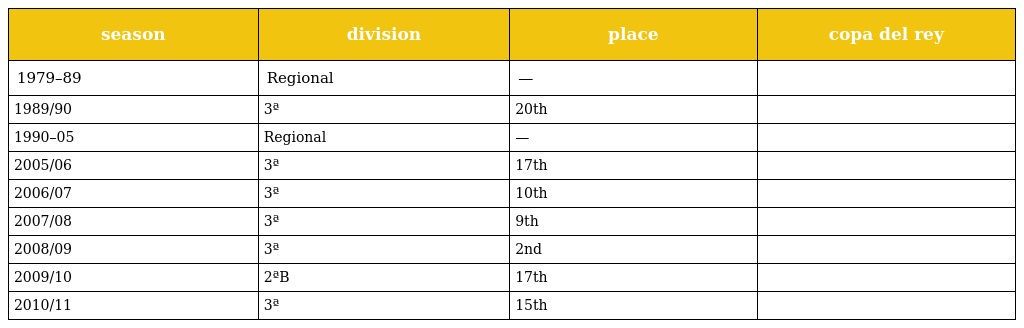
| season | division | place | copa del rey |
 | --- | --- | --- | --- |
 | 1979–89 | Regional | — |  |
 | 1989/90 | 3ª | 20th |  |
 | 1990–05 | Regional | — |  |
 | 2005/06 | 3ª | 17th |  |
 | 2006/07 | 3ª | 10th |  |
 | 2007/08 | 3ª | 9th |  |
 | 2008/09 | 3ª | 2nd |  |
 | 2009/10 | 2ªB | 17th |  |
 | 2010/11 | 3ª | 15th |  |